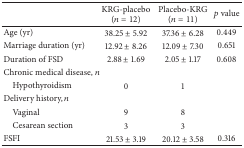
|  | KRG-placebo(n = 12) | Placebo-KRG(n = 11) | p value |
 | --- | --- | --- | --- |
 | Age (yr) | 38.25 ± 5.92 | 37.36 ± 6.28 | 0.449 |
 | Marriage duration (yr) | 12.92 ± 8.26 | 12.09 ± 7.30 | 0.651 |
 | Duration of FSD | 2.88 ± 1.69 | 2.05 ± 1.17 | 0.608 |
 | Chronic medical disease, n |  |  |  |
 | Hypothyroidism | 0 | 1 |  |
 | Delivery history, n |  |  |  |
 | Vaginal | 9 | 8 |  |
 | Cesarean section | 3 | 3 |  |
 | FSFI | 21.53 ± 3.19 | 20.12 ± 3.58 | 0.316 |